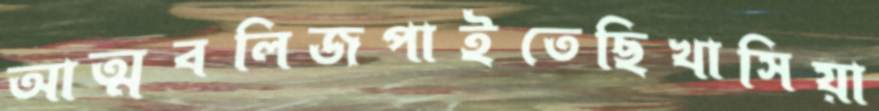
আত্মবলিজপাইতেছিখাসিয়া